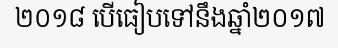
២០១៨ បើធៀបទៅនឹងឆ្នាំ២០១៧